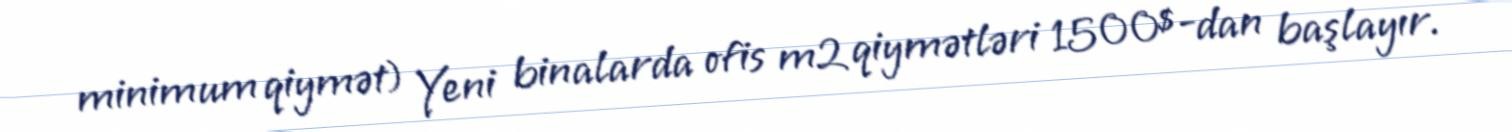
minimum qiymət) Yeni binalarda ofis m2 qiymətləri 1500$-dan başlayır.